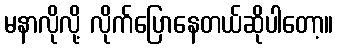
မနာလိုလို့ လိုက်ပြောနေတယ်ဆိုပါတော့။